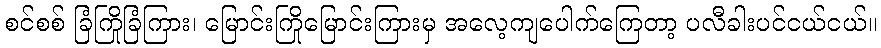
စင်စစ် ခြံကြိုခြံကြား၊ မြောင်းကြိုမြောင်းကြားမှ အလေ့ကျပေါက်ကြေတာ့ ပလီခါးပင်ငယ်ငယ်။